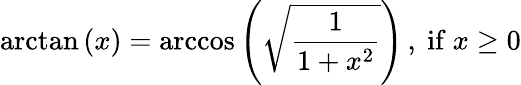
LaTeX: \arctan\left(x\right)=\operatorname{arccos}\left({\sqrt{\frac{1}{1+x^{2}}}}\right)\, ,{\mathrm{~if~}}x\geq 0